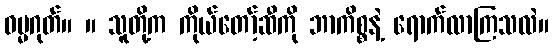
ဓမ္မဂုတ်။ ။ သူတို့က ကိုယ်တော့်ဆီကို ဘာကိစ္စနဲ့ ရောက်လာကြသလဲ။